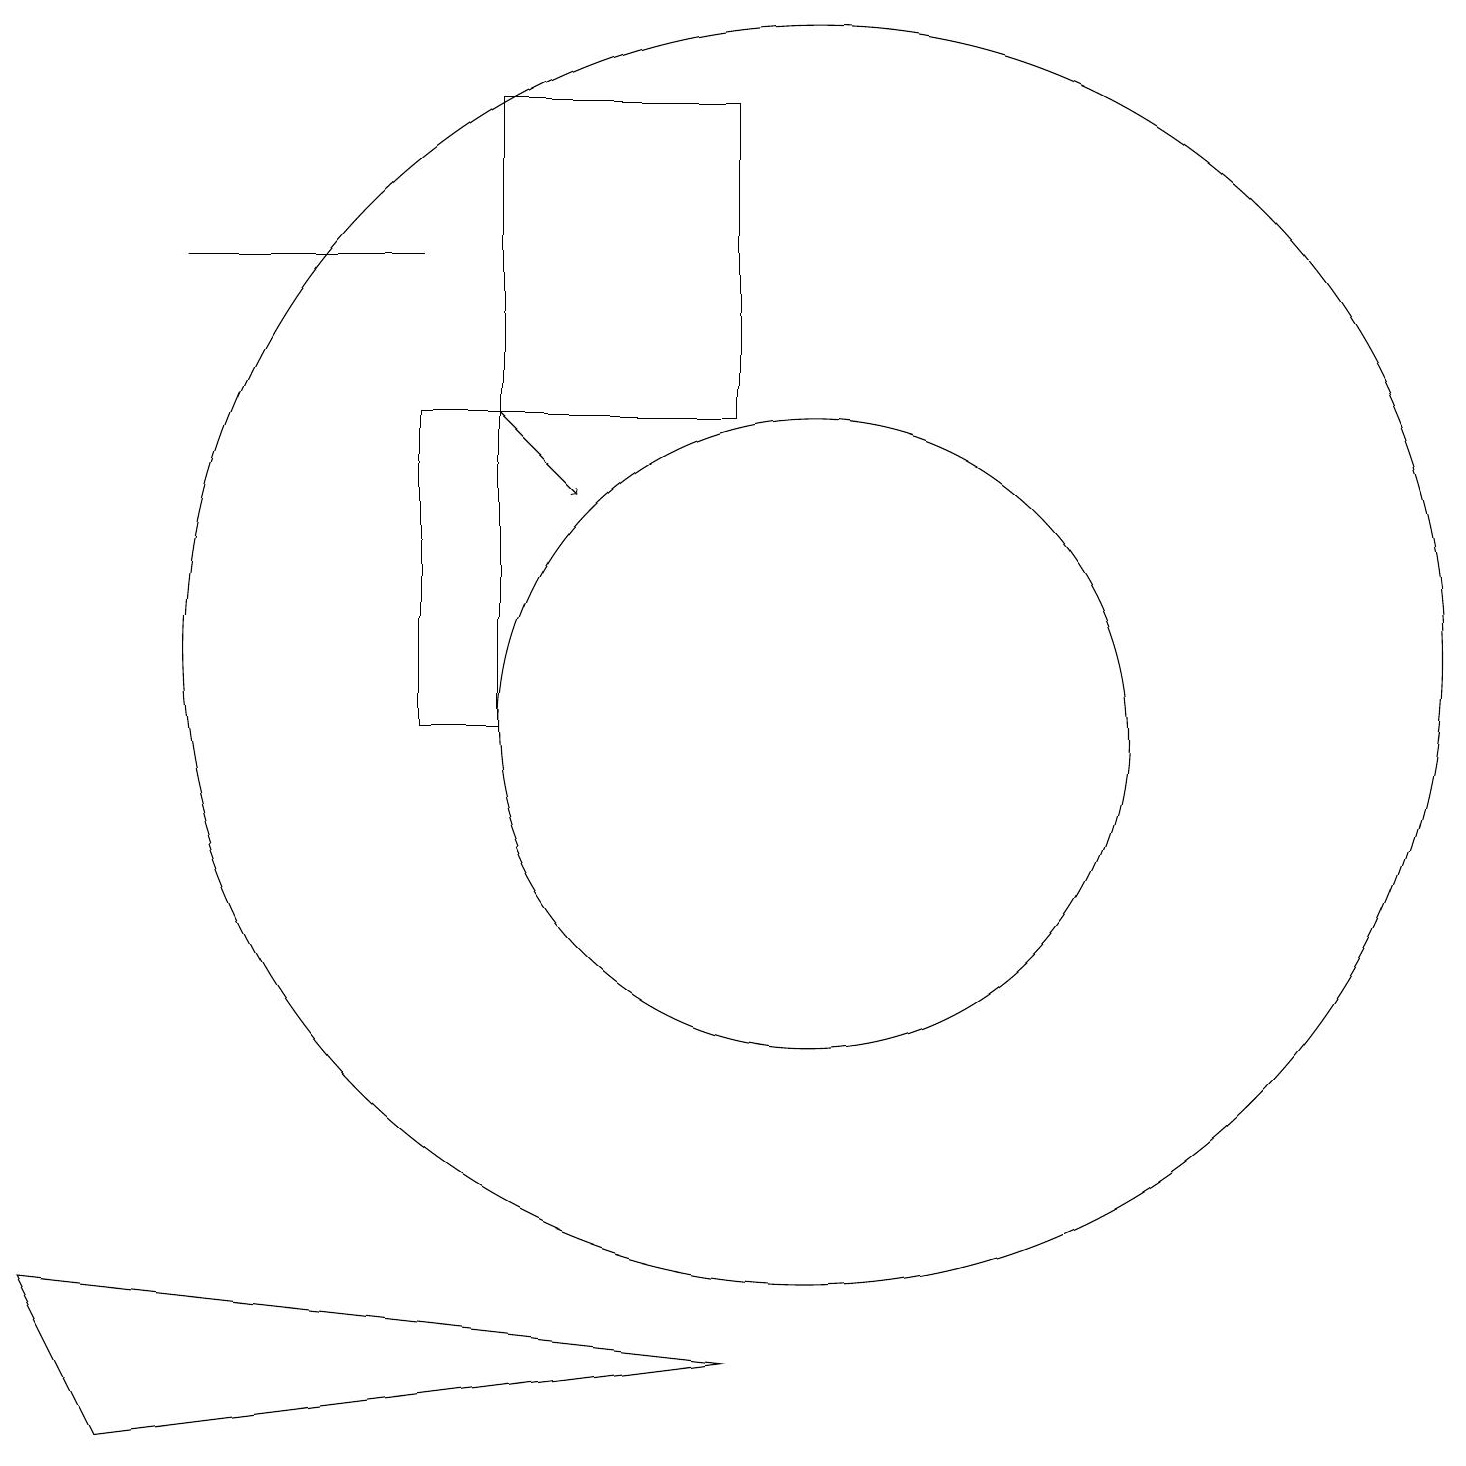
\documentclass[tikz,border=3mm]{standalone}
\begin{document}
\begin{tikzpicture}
\draw[->] (6,15) -- (7,14);
\draw (10,12) circle (8);
\draw (1,2) -- (9,3) -- (0,4) -- cycle;
\draw (6,15) rectangle (5,11);
\draw (9,15) rectangle (6,19);
\draw (2,17) rectangle (5,17);
\draw (10,11) circle (4);
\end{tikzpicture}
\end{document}